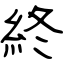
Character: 終